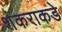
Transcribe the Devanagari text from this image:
शंकराकडे